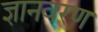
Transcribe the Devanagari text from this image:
ज्ञानवरण